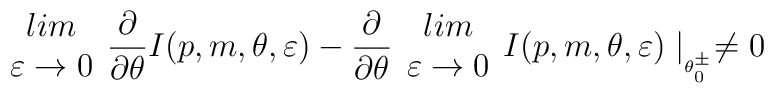
\begin{array}{c}lim\\\varepsilon \rightarrow 0\end{array}\frac{\partial }{\partial \theta }I(p,m,\theta ,\varepsilon )-\frac{\partial }{\partial \theta }\begin{array}{c}lim\\\varepsilon \rightarrow 0\end{array}I(p,m,\theta ,\varepsilon )\mid _{_{\theta ^{\pm }_{0}}}\neq 0